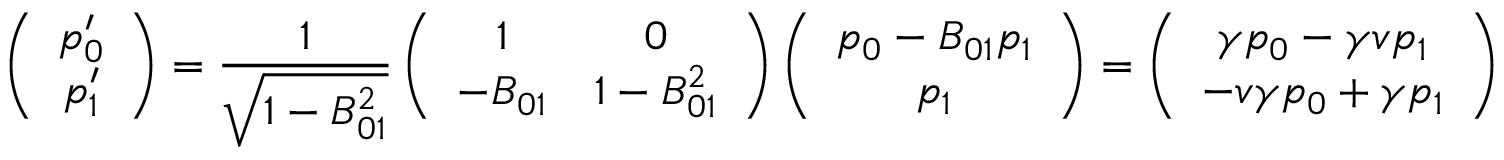
\left( \begin{array} { c } { { p _ { 0 } ^ { \prime } } } \\ { { p _ { 1 } ^ { \prime } } } \end{array} \right) = { \frac { 1 } { \sqrt { 1 - B _ { 0 1 } ^ { 2 } } } } \left( \begin{array} { c c } { { 1 } } & { { 0 } } \\ { { - B _ { 0 1 } } } & { { 1 - B _ { 0 1 } ^ { 2 } } } \end{array} \right) \left( \begin{array} { c } { { p _ { 0 } - B _ { 0 1 } p _ { 1 } } } \\ { { p _ { 1 } } } \end{array} \right) = \left( \begin{array} { c } { { \gamma p _ { 0 } - \gamma v p _ { 1 } } } \\ { { - v \gamma p _ { 0 } + \gamma p _ { 1 } } } \end{array} \right)